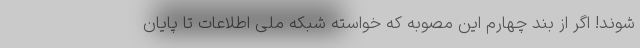
‌شوند! اگر از بند چهارم این مصوبه که خواسته شبکه ملی اطلاعات تا پایان